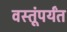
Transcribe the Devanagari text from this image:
वस्तूंपर्यंत